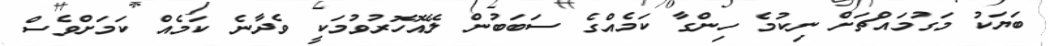
ބަޔަކު މަގުމައްޗަށް ނިކުމެ ހިންގާ ކަމެއްގެ ސަބަބުން ލޭއޮހޮރުވުމަކީ ވެދާނެ ކަމެއް ކަމަށްވެސް